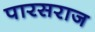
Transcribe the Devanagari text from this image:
पारसराज